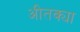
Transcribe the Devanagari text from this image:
अीतक्या